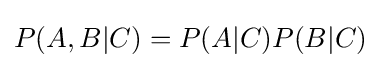
P(A,B|C)=P(A|C)P(B|C)